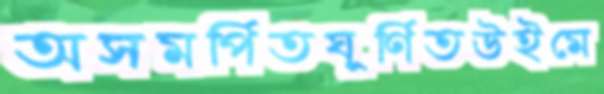
অসমর্পিতঘূর্ণিতউইমে